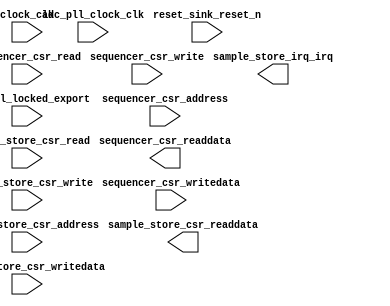

module ADC (
	clock_clk,
	reset_sink_reset_n,
	adc_pll_clock_clk,
	adc_pll_locked_export,
	sequencer_csr_address,
	sequencer_csr_read,
	sequencer_csr_write,
	sequencer_csr_writedata,
	sequencer_csr_readdata,
	sample_store_csr_address,
	sample_store_csr_read,
	sample_store_csr_write,
	sample_store_csr_writedata,
	sample_store_csr_readdata,
	sample_store_irq_irq);	

	input		clock_clk;
	input		reset_sink_reset_n;
	input		adc_pll_clock_clk;
	input		adc_pll_locked_export;
	input		sequencer_csr_address;
	input		sequencer_csr_read;
	input		sequencer_csr_write;
	input	[31:0]	sequencer_csr_writedata;
	output	[31:0]	sequencer_csr_readdata;
	input	[6:0]	sample_store_csr_address;
	input		sample_store_csr_read;
	input		sample_store_csr_write;
	input	[31:0]	sample_store_csr_writedata;
	output	[31:0]	sample_store_csr_readdata;
	output		sample_store_irq_irq;
endmodule